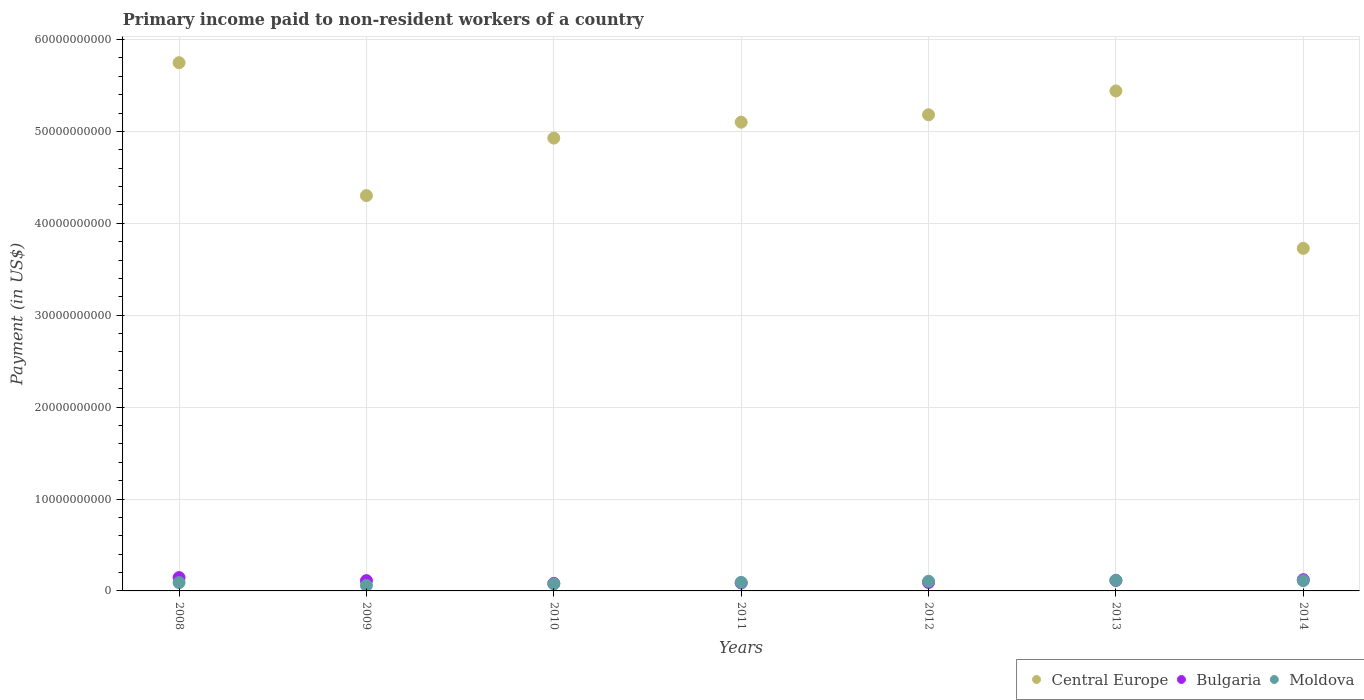
| Years | Central Europe | Bulgaria | Moldova |
 | --- | --- | --- | --- |
 | 2008 | 5.75e+10 | 1.45e+09 | 9.06e+08 |
 | 2009 | 4.3e+10 | 1.12e+09 | 5.92e+08 |
 | 2010 | 4.93e+10 | 8.16e+08 | 7.67e+08 |
 | 2011 | 5.1e+10 | 8.61e+08 | 9.27e+08 |
 | 2012 | 5.18e+10 | 9.18e+08 | 1.05e+09 |
 | 2013 | 5.44e+10 | 1.14e+09 | 1.16e+09 |
 | 2014 | 3.73e+10 | 1.22e+09 | 1.11e+09 |